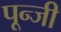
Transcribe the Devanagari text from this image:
पून्जी